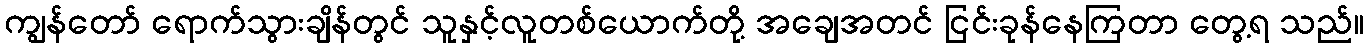
ကျွန်တော် ရောက်သွားချိန်တွင် သူနှင့်လူတစ်ယောက်တို့ အချေအတင် ငြင်းခုန်နေကြတာ တွေ့ရ သည်။